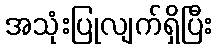
အသုံးပြုလျက်ရှိပြီး